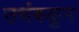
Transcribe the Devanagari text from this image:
उचंबळुन